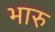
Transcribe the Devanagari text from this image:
भारु